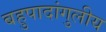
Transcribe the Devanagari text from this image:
बहुपादांगुलीय